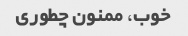
خوب، ممنون چطوری